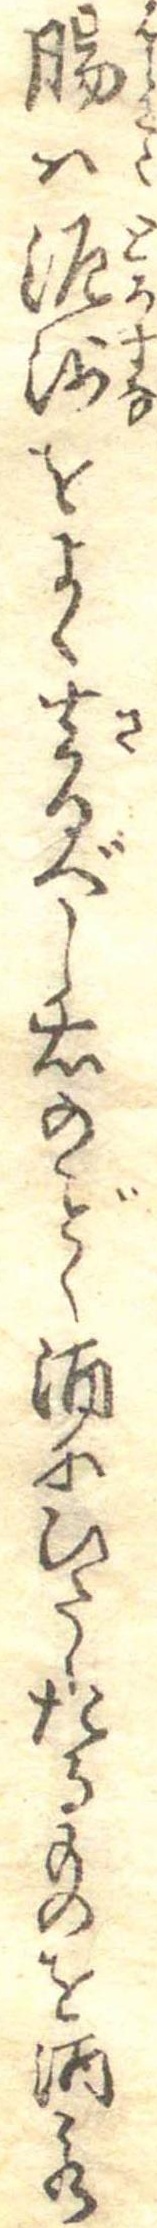
腸は泥沙をよく去るべし右のく酒にひたしたるものを酒水